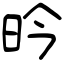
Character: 昑